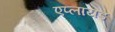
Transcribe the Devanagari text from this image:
एप्लायड